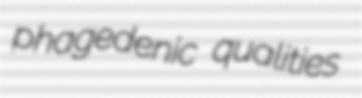
phagedenic qualities